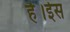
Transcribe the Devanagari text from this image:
है।ईस